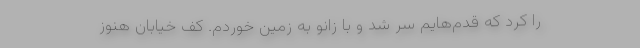
را کرد که قدم‌هایم سِر شد و با زانو به زمین خوردم. کف خیابان هنوز